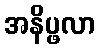
အနိပ္ဖလာ